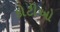
કોટીઓ